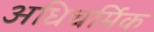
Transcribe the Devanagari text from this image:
अधिचर्मिक